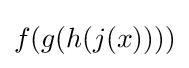
f(g(h(j(x))))